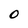
Character: O